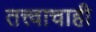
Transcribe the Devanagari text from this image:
तत्त्वाचाही